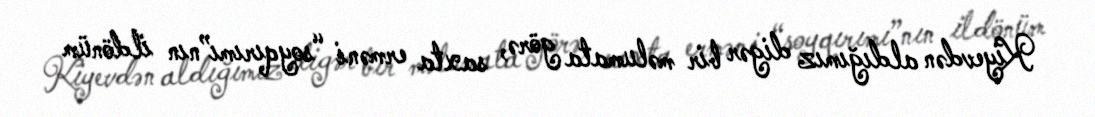
Kiyevdən aldığımız digər bir məlumata görə, saxta erməni “soyqırımı”nın ildönüm